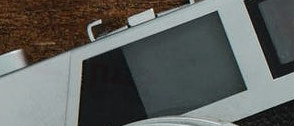
جسر عام